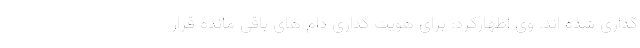
گذاری شده اند. وی اظهارکرد: برای هویت گذاری دام های باقی مانده قرار